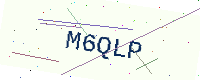
Text: M6QLP